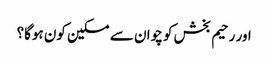
اور رحیم بخش کو چوان سے مسکین کون ہوگا؟